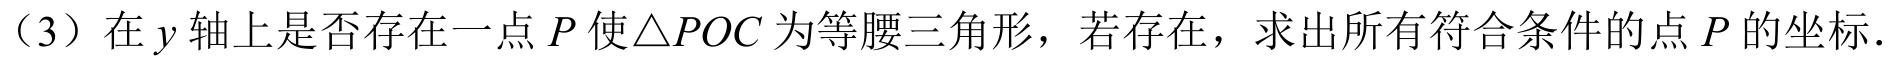
（3）在\(y\)轴上是否存在一点\(P\)使\(\triangle POC\)为等腰三角形，若存在，求出所有符合条件的点\(P\)的坐标.